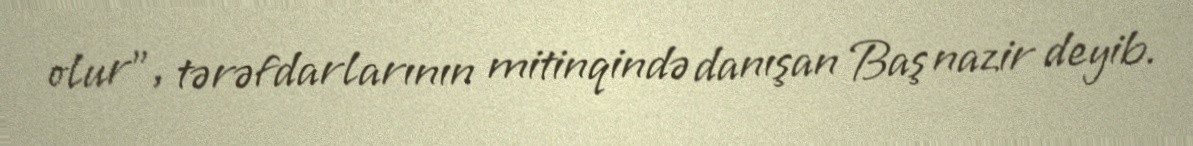
olur", tərəfdarlarının mitinqində danışan Baş nazir deyib.